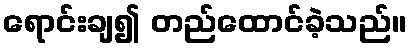
ရောင်းချ၍ တည်ထောင်ခဲ့သည်။